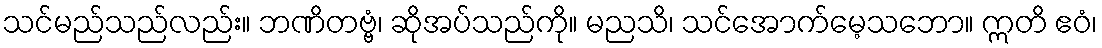
သင်မည်သည်လည်း။ ဘဏိတဗ္ဗံ၊ ဆိုအပ်သည်ကို။ မညသိ၊ သင်အောက်မေ့သဘော။ ဣတိ ဧဝံ၊